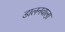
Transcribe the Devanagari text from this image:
डालनवाला़